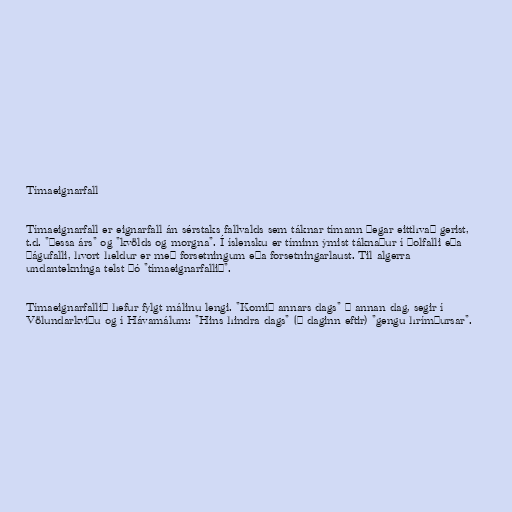
Tímaeignarfall

Tímaeignarfall er eignarfall án sérstaks fallvalds sem táknar tímann þegar eitthvað gerist,
t.d. "þessa árs" og "kvölds og morgna". Í íslensku er tíminn ýmist táknaður í þolfalli eða
þágufalli, hvort heldur er með forsetningum eða forsetningarlaust. Til algerra
undantekninga telst þó "tímaeignarfallið".

Tímaeignarfallið hefur fylgt málinu lengi. "Komið annars dags" = annan dag, segir í
Völundarkviðu og í Hávamálum: "Hins hindra dags" (= daginn eftir) "gengu hrímþursar".